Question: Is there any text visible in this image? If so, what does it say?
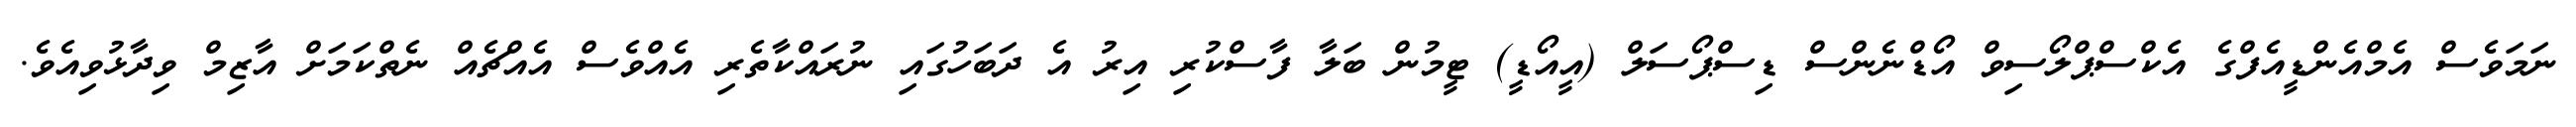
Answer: ނަމަވެސް އެމްއެންޑީއެފްގެ އެކްސްޕްލޯސިވް އޯޑްނެންސް ޑިސްޕޯސަލް (އީއޯޑީ) ޓީމުން ބަލާ ފާސްކުރި އިރު އެ ދަބަހުގައި ނުރައްކާތެރި އެއްވެސް އެއްޗެއް ނެތްކަމަށް އާޒިމް ވިދާޅުވިއެވެ.